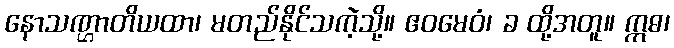
နောသဏ္ဌာတိယထာ၊ မတည်နိုင်သကဲ့သို့။ ဧဝမေဝံ၊ ခ ထို့အတူ။ ဣဓ၊